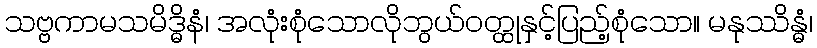
သဗ္ဗကာမသမိဒ္ဓိနံ၊ အလုံးစုံသောလိုဘွယ်ဝတ္ထုနှင့်ပြည့်စုံသော။ မနုဿိန္ဓံ၊